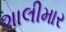
શાલીમાર